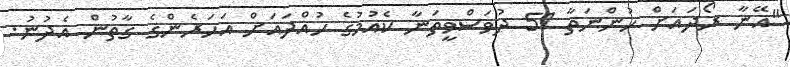
"އޭނާ ރޯދައަށް ހުންނަތާ 51 ދުވަސްވީތަނާ ކެއުމުގެ ހުއްދައަށް އަހަރެންގެ ގާތުން އެދުނު.